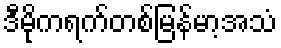
ဒီမိုကရက်တစ်မြန်မာ့အသံ